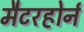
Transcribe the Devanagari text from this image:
मैटरहोर्न